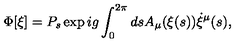
\Phi [ \xi ] = P _ { s } \exp i g \int _ { 0 } ^ { 2 \pi } d s A _ { \mu } ( \xi ( s ) ) \dot { \xi } ^ { \mu } ( s ) ,